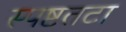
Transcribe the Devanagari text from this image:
स्पष्टतटा